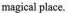
magical place。